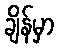
ချိန်မှာ